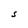
Character: S